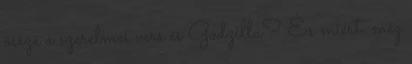
össze a szerelmes vers és Godzilla? És miért. még